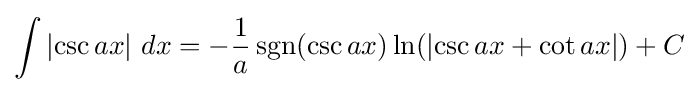
\int \left|\csc {ax}\right|\,dx=-{\frac {1}{a}}\operatorname {sgn}(\csc {ax})\ln(\left|\csc {ax}+\cot {ax}\right|)+C